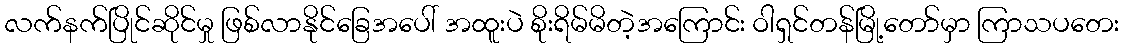
လက်နက်ပြိုင်ဆိုင်မှု ဖြစ်လာနိုင်ခြေအပေါ် အထူးပဲ စိုးရိမ်မိတဲ့အကြောင်း ဝါရှင်တန်မြို့တော်မှာ ကြာသပတေး